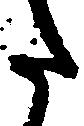
た